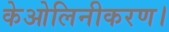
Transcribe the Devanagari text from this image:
केओलिनीकरण।